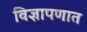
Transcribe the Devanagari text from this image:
विज्ञापणात